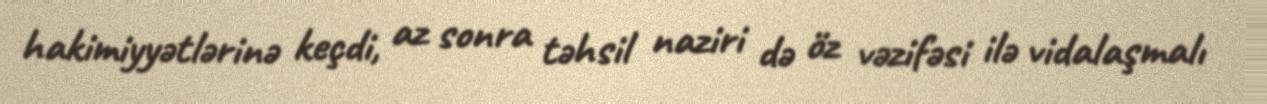
hakimiyyətlərinə keçdi, az sonra təhsil naziri də öz vəzifəsi ilə vidalaşmalı